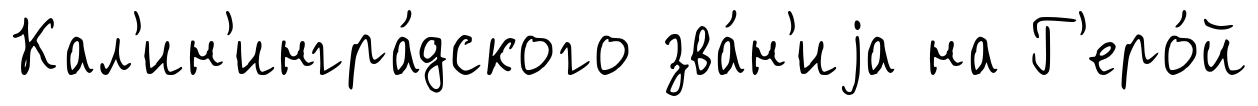
Кал'ин'ингра́дского зва́н'иjа на Г'еро́й